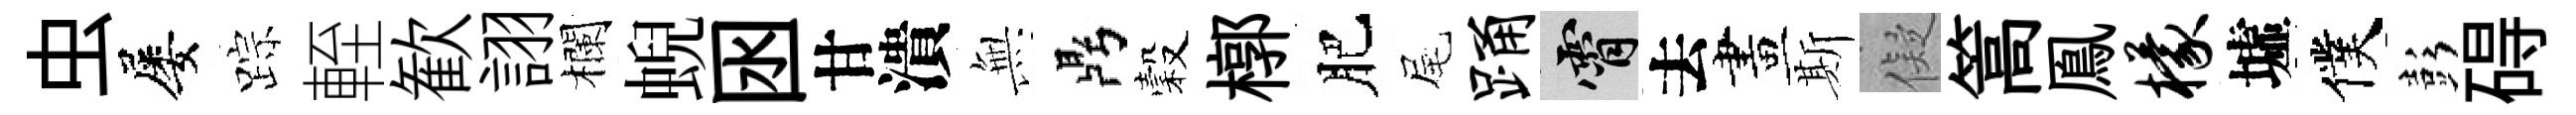
虫屡踪輊歓詡欄蜺囦甘潰𭴾鼎穀槨肥尾踊霄去畫斯儗篙鳯檬墟僕彭碍